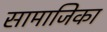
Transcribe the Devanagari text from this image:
सामाजिका